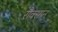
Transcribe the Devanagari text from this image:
रौक्सान